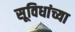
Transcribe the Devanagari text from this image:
सूविधांच्या